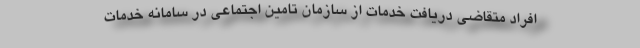
افراد متقاضی دریافت خدمات از سازمان تامین اجتماعی در سامانه خدمات